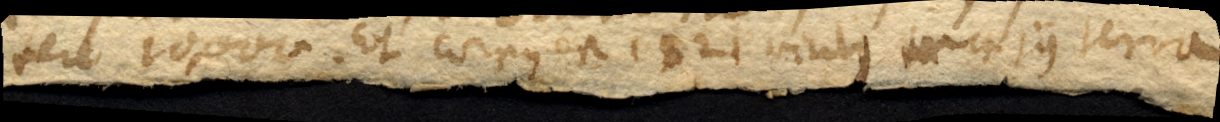
fere 10,000. Et corpus est 1521 vicibus majus terra